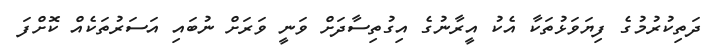
ދަތިކުރުމުގެ ފިޔަވަޅުތަކާ އެކު އީރާނުގެ އިގުތިސާދަށް ވަނީ ވަރަށް ނުބައި އަސަރުތަކެއް ކޮށްފަ